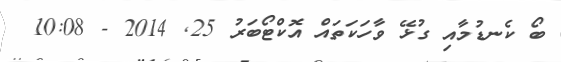
ބޯ ކެނޑުމާއި ގުޅޭ ވާހަކަތައް އޮކްޓޯބަރު 25